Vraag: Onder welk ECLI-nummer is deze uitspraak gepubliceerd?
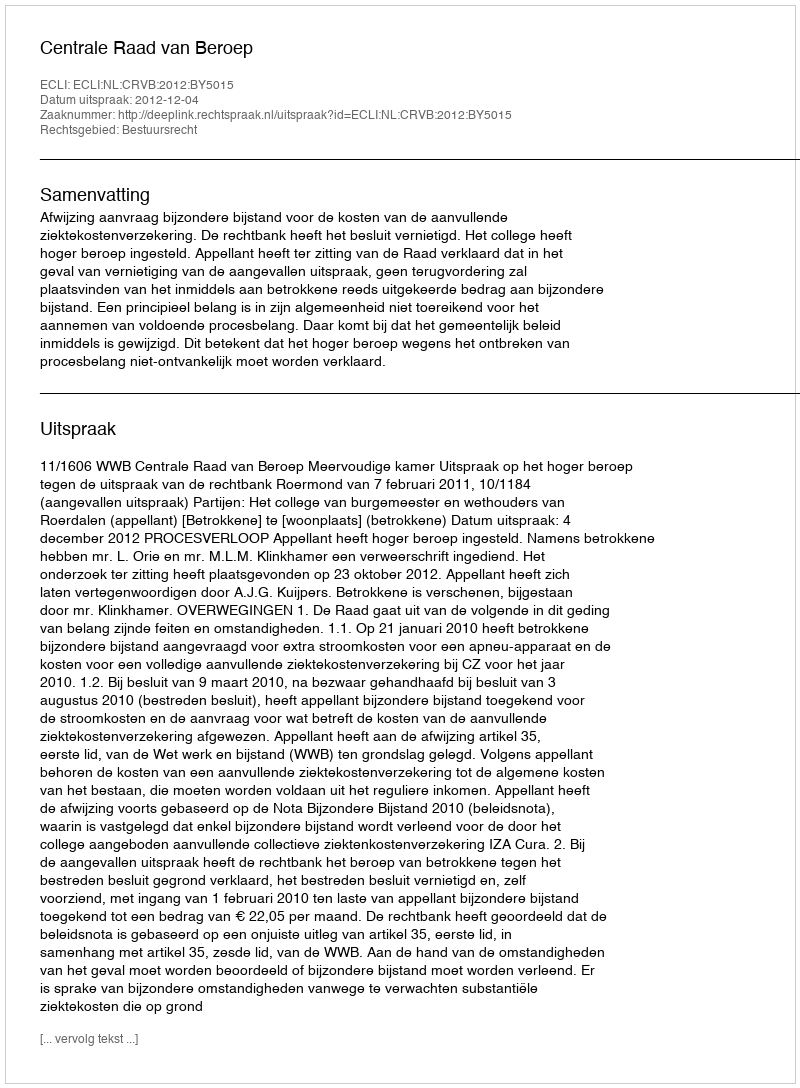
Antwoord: ECLI:NL:CRVB:2012:BY5015